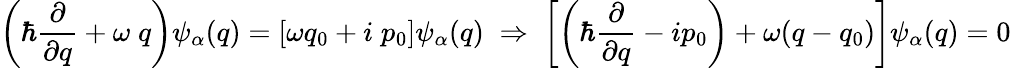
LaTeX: \left(\hbar\frac{\partial}{\partial q}+\omega\; q\right)\psi_{\alpha}(q)=[\omega q_{0}+i\; p_{0}]\psi_{\alpha}(q)\; \Rightarrow\; \left[\left(\hbar\frac{\partial}{\partial q}-ip_{0}\right)+\omega(q-q_{0})\right]\psi_{\alpha}(q)=0